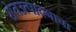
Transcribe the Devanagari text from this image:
शेतउत्पादनाचा